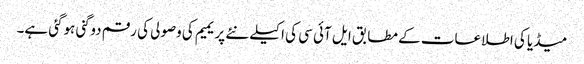
میڈیا کی اطلاعات کے مطابق ایل آئی سی کی اکیلے نئے پریمیم کی وصولی کی رقم دوگنی ہوگئی ہے۔